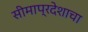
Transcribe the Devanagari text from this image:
सीमाप्रदेशाचा